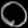
Digit: ၀